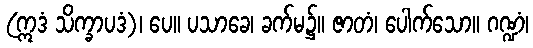
(ဣဒံ သိက္ခာပဒံ)၊ ပေ။ ပသာခေ၊ ခက်မ၌။ ဇာတံ၊ ပေါက်သော။ ဂဏ္ဍံ၊